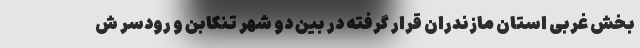
بخش غربی استان مازندران قرار گرفته در بین دو شهر تنکابن و رودسر ش